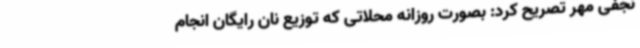
نجفی مهر تصریح کرد: بصورت روزانه محلاتی که توزیع نان رایگان انجام